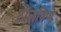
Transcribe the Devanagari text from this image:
टोलविणे